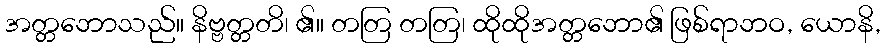
အတ္တဘောသည်။ နိဗ္ဗတ္တတိ၊ ၏။ တတြ တတြ၊ ထိုထိုအတ္တဘော၏ ဖြစ်ရာဘဝ, ယောနိ,